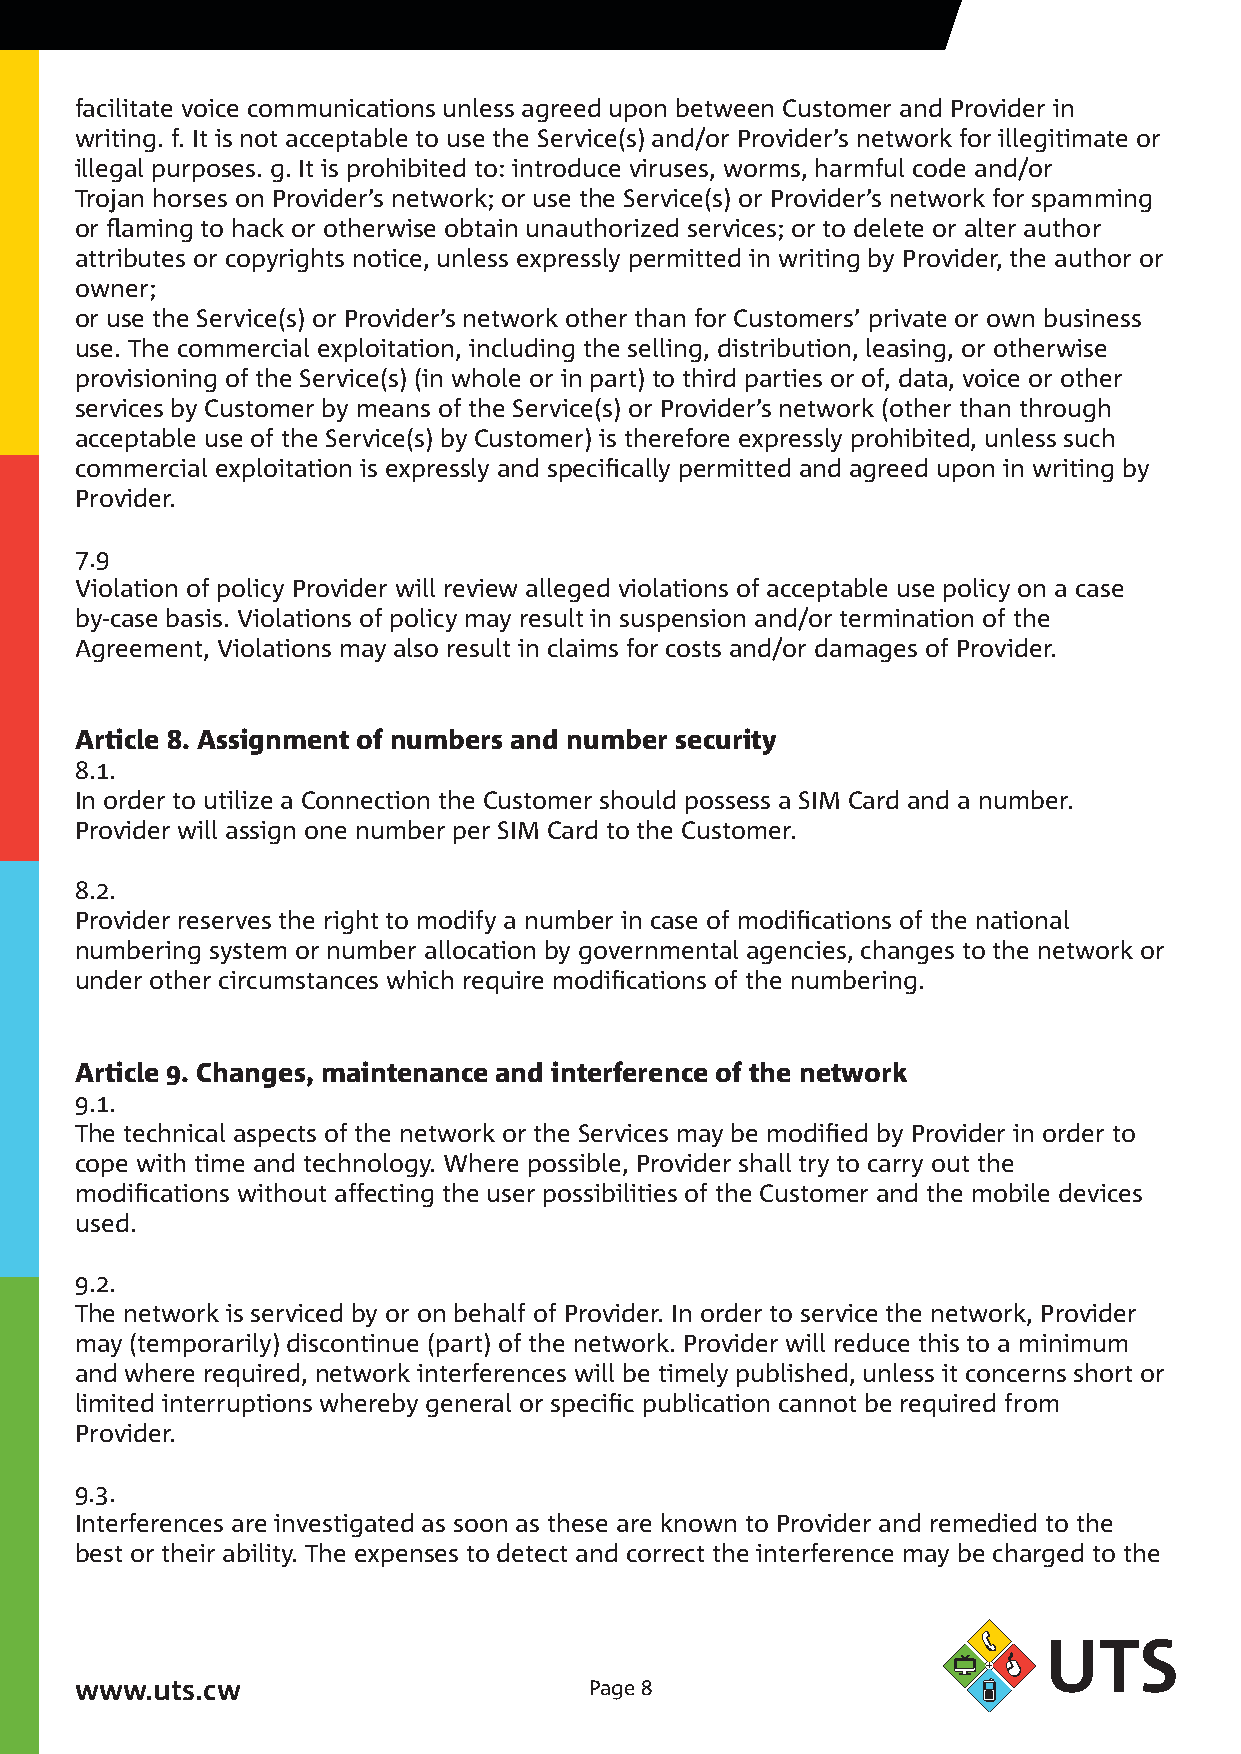
facilitate voice communications unless agreed upon between Customer and Provider in
 writing. f. It is not acceptable to use the Service(s) and/or Provider’s network for illegitimate or
 illegal purposes. g. It is prohibited to: introduce viruses, worms, harmful code and/or
 Trojan horses on Provider’s network; or use the Service(s) or Provider’s network for spamming
 or flaming to hack or otherwise obtain unauthorized services; or to delete or alter author
 attributes or copyrights notice, unless expressly permitted in writing by Provider, the author or
 owner;
 or use the Service(s) or Provider’s network other than for Customers’ private or own business
 use. The commercial exploitation, including the selling, distribution, leasing, or otherwise
 provisioning of the Service(s) (in whole or in part) to third parties or of, data, voice or other
 services by Customer by means of the Service(s) or Provider’s network (other than through
 acceptable use of the Service(s) by Customer) is therefore expressly prohibited, unless such
 commercial exploitation is expressly and specifically permitted and agreed upon in writing by
 Provider.
 7.9
 Violation of policy Provider will review alleged violations of acceptable use policy on a case
 by-case basis. Violations of policy may result in suspension and/or termination of the
 Agreement, Violations may also result in claims for costs and/or damages of Provider.
 Article 8. Assignment of numbers and number security
 8..
 In order to utilize a Connection the Customer should possess a SIM Card and a number.
 Provider will assign one number per SIM Card to the Customer.
 8..
 Provider reserves the right to modify a number in case of modifications of the national
 numbering system or number allocation by governmental agencies, changes to the network or
 under other circumstances which require modifications of the numbering.
 Article 9. Changes, maintenance and interference of the network
 9..
 The technical aspects of the network or the Services may be modified by Provider in order to
 cope with time and technology. Where possible, Provider shall try to carry out the
 modifications without affecting the user possibilities of the Customer and the mobile devices
 used.
 9..
 The network is serviced by or on behalf of Provider. In order to service the network, Provider
 may (temporarily) discontinue (part) of the network. Provider will reduce this to a minimum
 and where required, network interferences will be timely published, unless it concerns short or
 limited interruptions whereby general or specific publication cannot be required from
 Provider.
 9.3.
 Interferences are investigated as soon as these are known to Provider and remedied to the
 best or their ability. The expenses to detect and correct the interference may be charged to the
 www.uts.cw                        Page 8